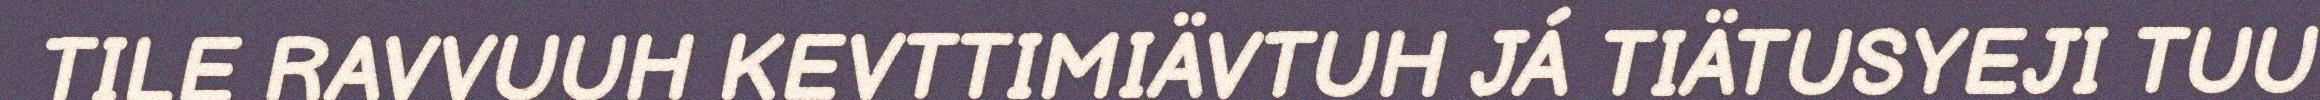
TILE RAVVUUH KEVTTIMIÄVTUH JÁ TIÄTUSYEJI TUU